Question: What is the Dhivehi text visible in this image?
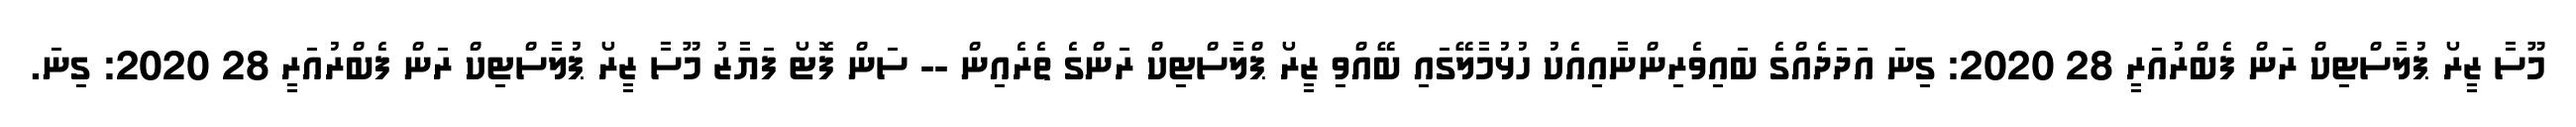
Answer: މޫސާ ޒީރޯ ޕުލާސްޓިކް ރަން ފެބްރުއަރީ 28 2020: ގިނަ އަދަދެއްގެ ބައިވެރިންނާއިއެކު ހުޅުމާލޭގައި ބޭއްވި ޒީރޯ ޕްލާސްޓިކް ރަންގެ ތެރެއިން -- ސަން ފޮޓޯ ފަޔާޒު މޫސާ ޒީރޯ ޕުލާސްޓިކް ރަން ފެބްރުއަރީ 28 2020: ގިނަ.